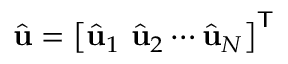
\hat { \mathbf { u } } = \left[ \hat { \mathbf { u } } _ { 1 } ~ \hat { \mathbf { u } } _ { 2 } \cdots \hat { \mathbf { u } } _ { N } \right] ^ { \mathsf { T } }